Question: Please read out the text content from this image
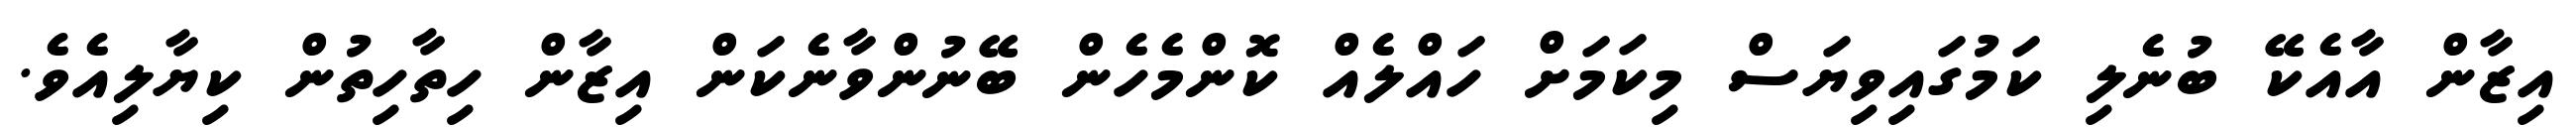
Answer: އިޒާން އާއެކޭ ބުނެލި ކަމުގައިވިޔަސް މިކަމަށް ހައްލެއް ކޮންމެހެން ބޭނުންވާނެކަން އިޒާން ހިތާހިތުން ކިޔާލިއެވެ.